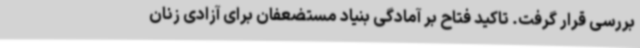
بررسی قرار گرفت. تاکید فتاح بر آمادگی بنیاد مستضعفان برای آزادی زنان